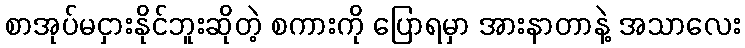
စာအုပ်မငှားနိုင်ဘူးဆိုတဲ့ စကားကို ပြောရမှာ အားနာတာနဲ့ အသာလေး